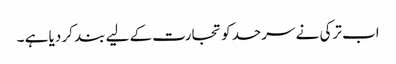
اب ترکی نے سرحد کو تجارت کے لیے بند کر دیا ہے ۔